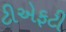
ટીએફટી